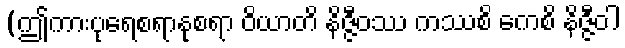
(ဤကားပုရေစရာနုစရာ ဝိယာတိ နိဇ္ဇီဝဿ ကဿစိ ကေစိ နိဇ္ဇီဝါ